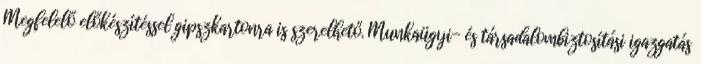
Megfelelő előkészítéssel gipszkartonra is szerelhető. Munkaügyi- és társadalombiztosítási igazgatás